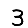
Digit: 3